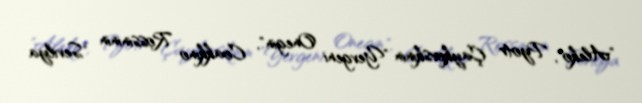
"Aleko", Pyotr Çaykovskinin "Yevgeni Onegin", Coakkino Rossininin "Sevilya